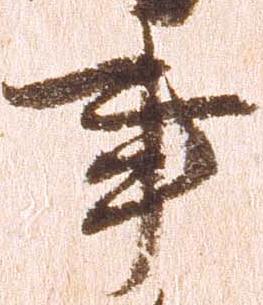
事